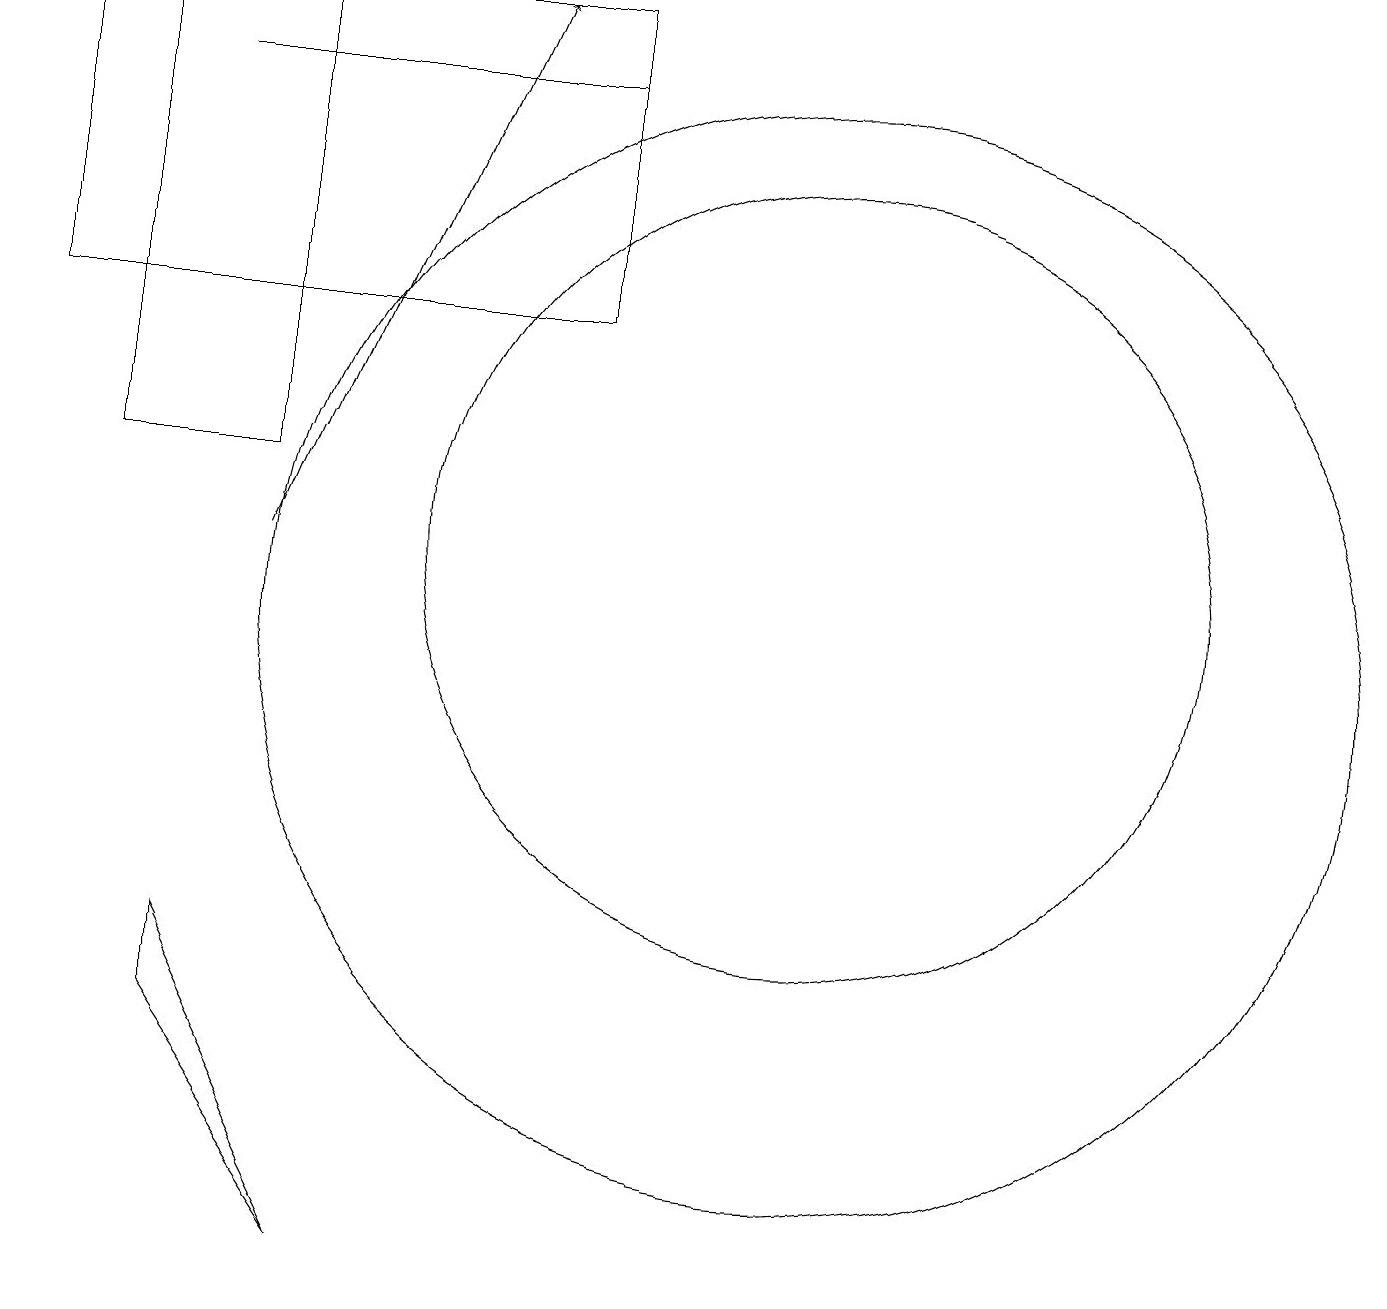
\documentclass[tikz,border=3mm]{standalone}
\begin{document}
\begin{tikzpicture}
\draw (1,19) rectangle (3,13);
\draw (10,12) circle (5);
\draw[->] (3,12) -- (6,19);
\draw (10,11) circle (7);
\draw (7,18) rectangle (2,18);
\draw (2,7) -- (2,6) -- (4,3) -- cycle;
\draw (7,19) rectangle (0,15);
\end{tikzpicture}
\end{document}